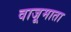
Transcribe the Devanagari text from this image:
वाजूमाता